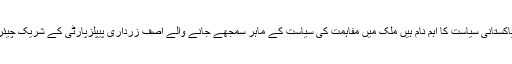
آصف علی زرداری آصف علی زرداری پاکستانی سیاست کا اہم نام ہیں ملک میں مفاہمت کی سیاست کے ماہر سمجھے جانے والے آصف زرداری پیپلزپارٹی کے شریک چیئرمین اور صدرپاکستان بھی رہ چکے ہیں۔